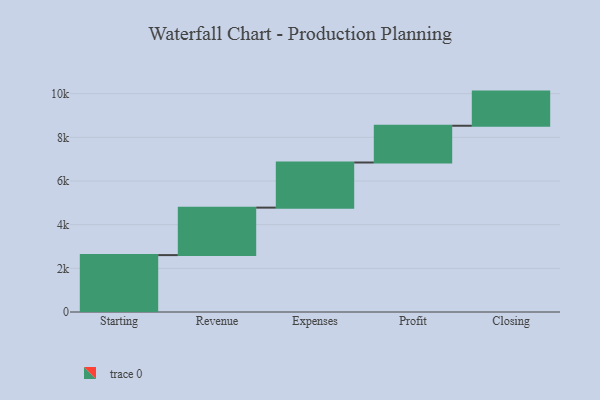
{"axis": {"x": "Step", "y": "Value"}, "legend": [""], "data": [{"x": "Starting", "y": 2606.0, "type": ""}, {"x": "Revenue", "y": 2174.0, "type": ""}, {"x": "Expenses", "y": 2067.0, "type": ""}, {"x": "Profit", "y": 1683.0, "type": ""}, {"x": "Closing", "y": 1564.0, "type": ""}]}